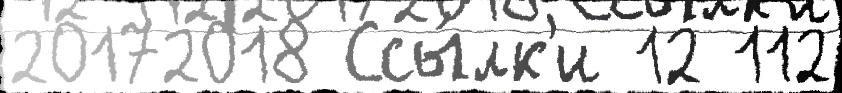
20172018 Ссы́лк'и 12 112